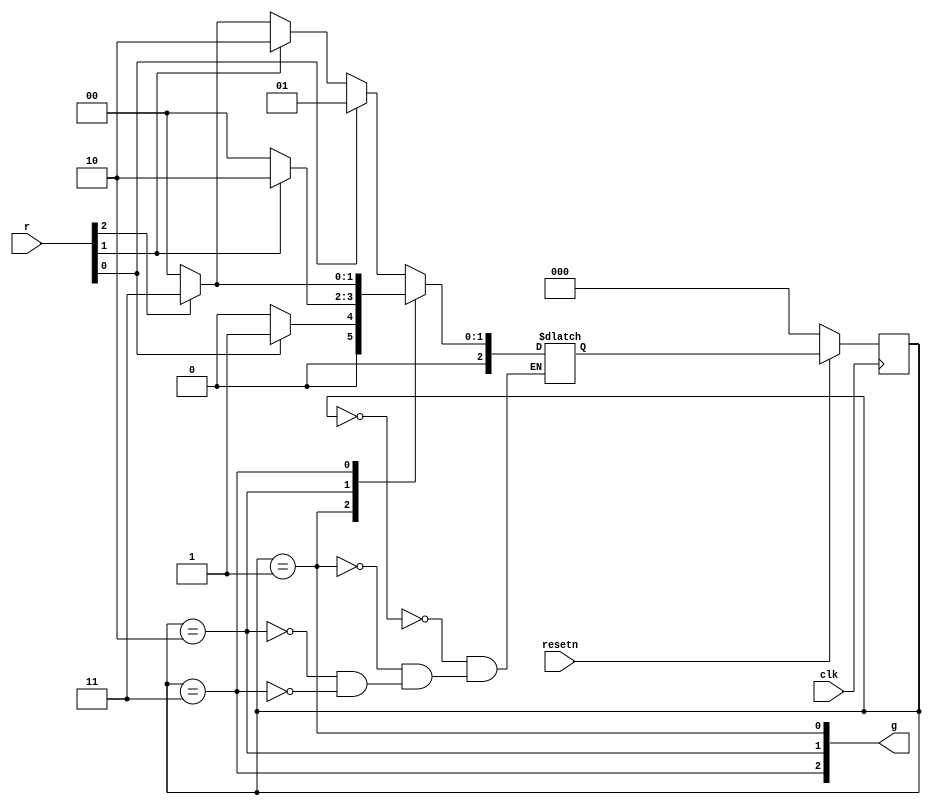
module top_module (
    input clk,
    input resetn,    // active-low synchronous reset
    input [3:1] r,   // request
    output [3:1] g   // grant
); 

    parameter A=0, B=1, C=2, D=3;
    wire[2:0] state, next;
    
    // state transition logic
    always@(*)begin
        case(state)
            A: next = r[1]? B:(r[2]? C:(r[3]? D:A) );
            B: next = r[1]? B:A;
            C: next = r[2]? C:A;
            D: next = r[3]? D:A;
        endcase
    end
    
    // flip-flop and reset
    always@(posedge clk)begin
        if(~resetn)
            state <= A;
        else
            state <= next;
    end
    
    // output
    assign g = {state==D, state==C, state==B};
endmodule